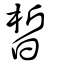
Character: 皙